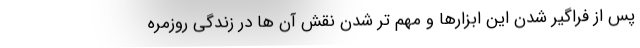
پس از فراگیر شدن این ابزارها و مهم تر شدن نقش آن ها در زندگی روزمره